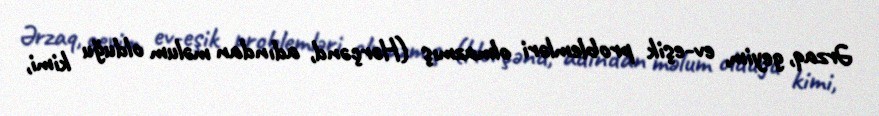
Ərzaq, geyim, ev-eşik problemləri olmazmış (Hərçənd, adından məlum olduğu kimi,